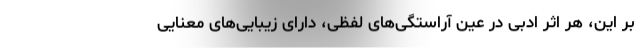
‌بر این، هر اثر ادبی در عین آراستگی‌های لفظی، دارای زیبایی‌های معنایی